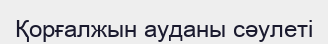
Қорғалжын ауданы сәулеті